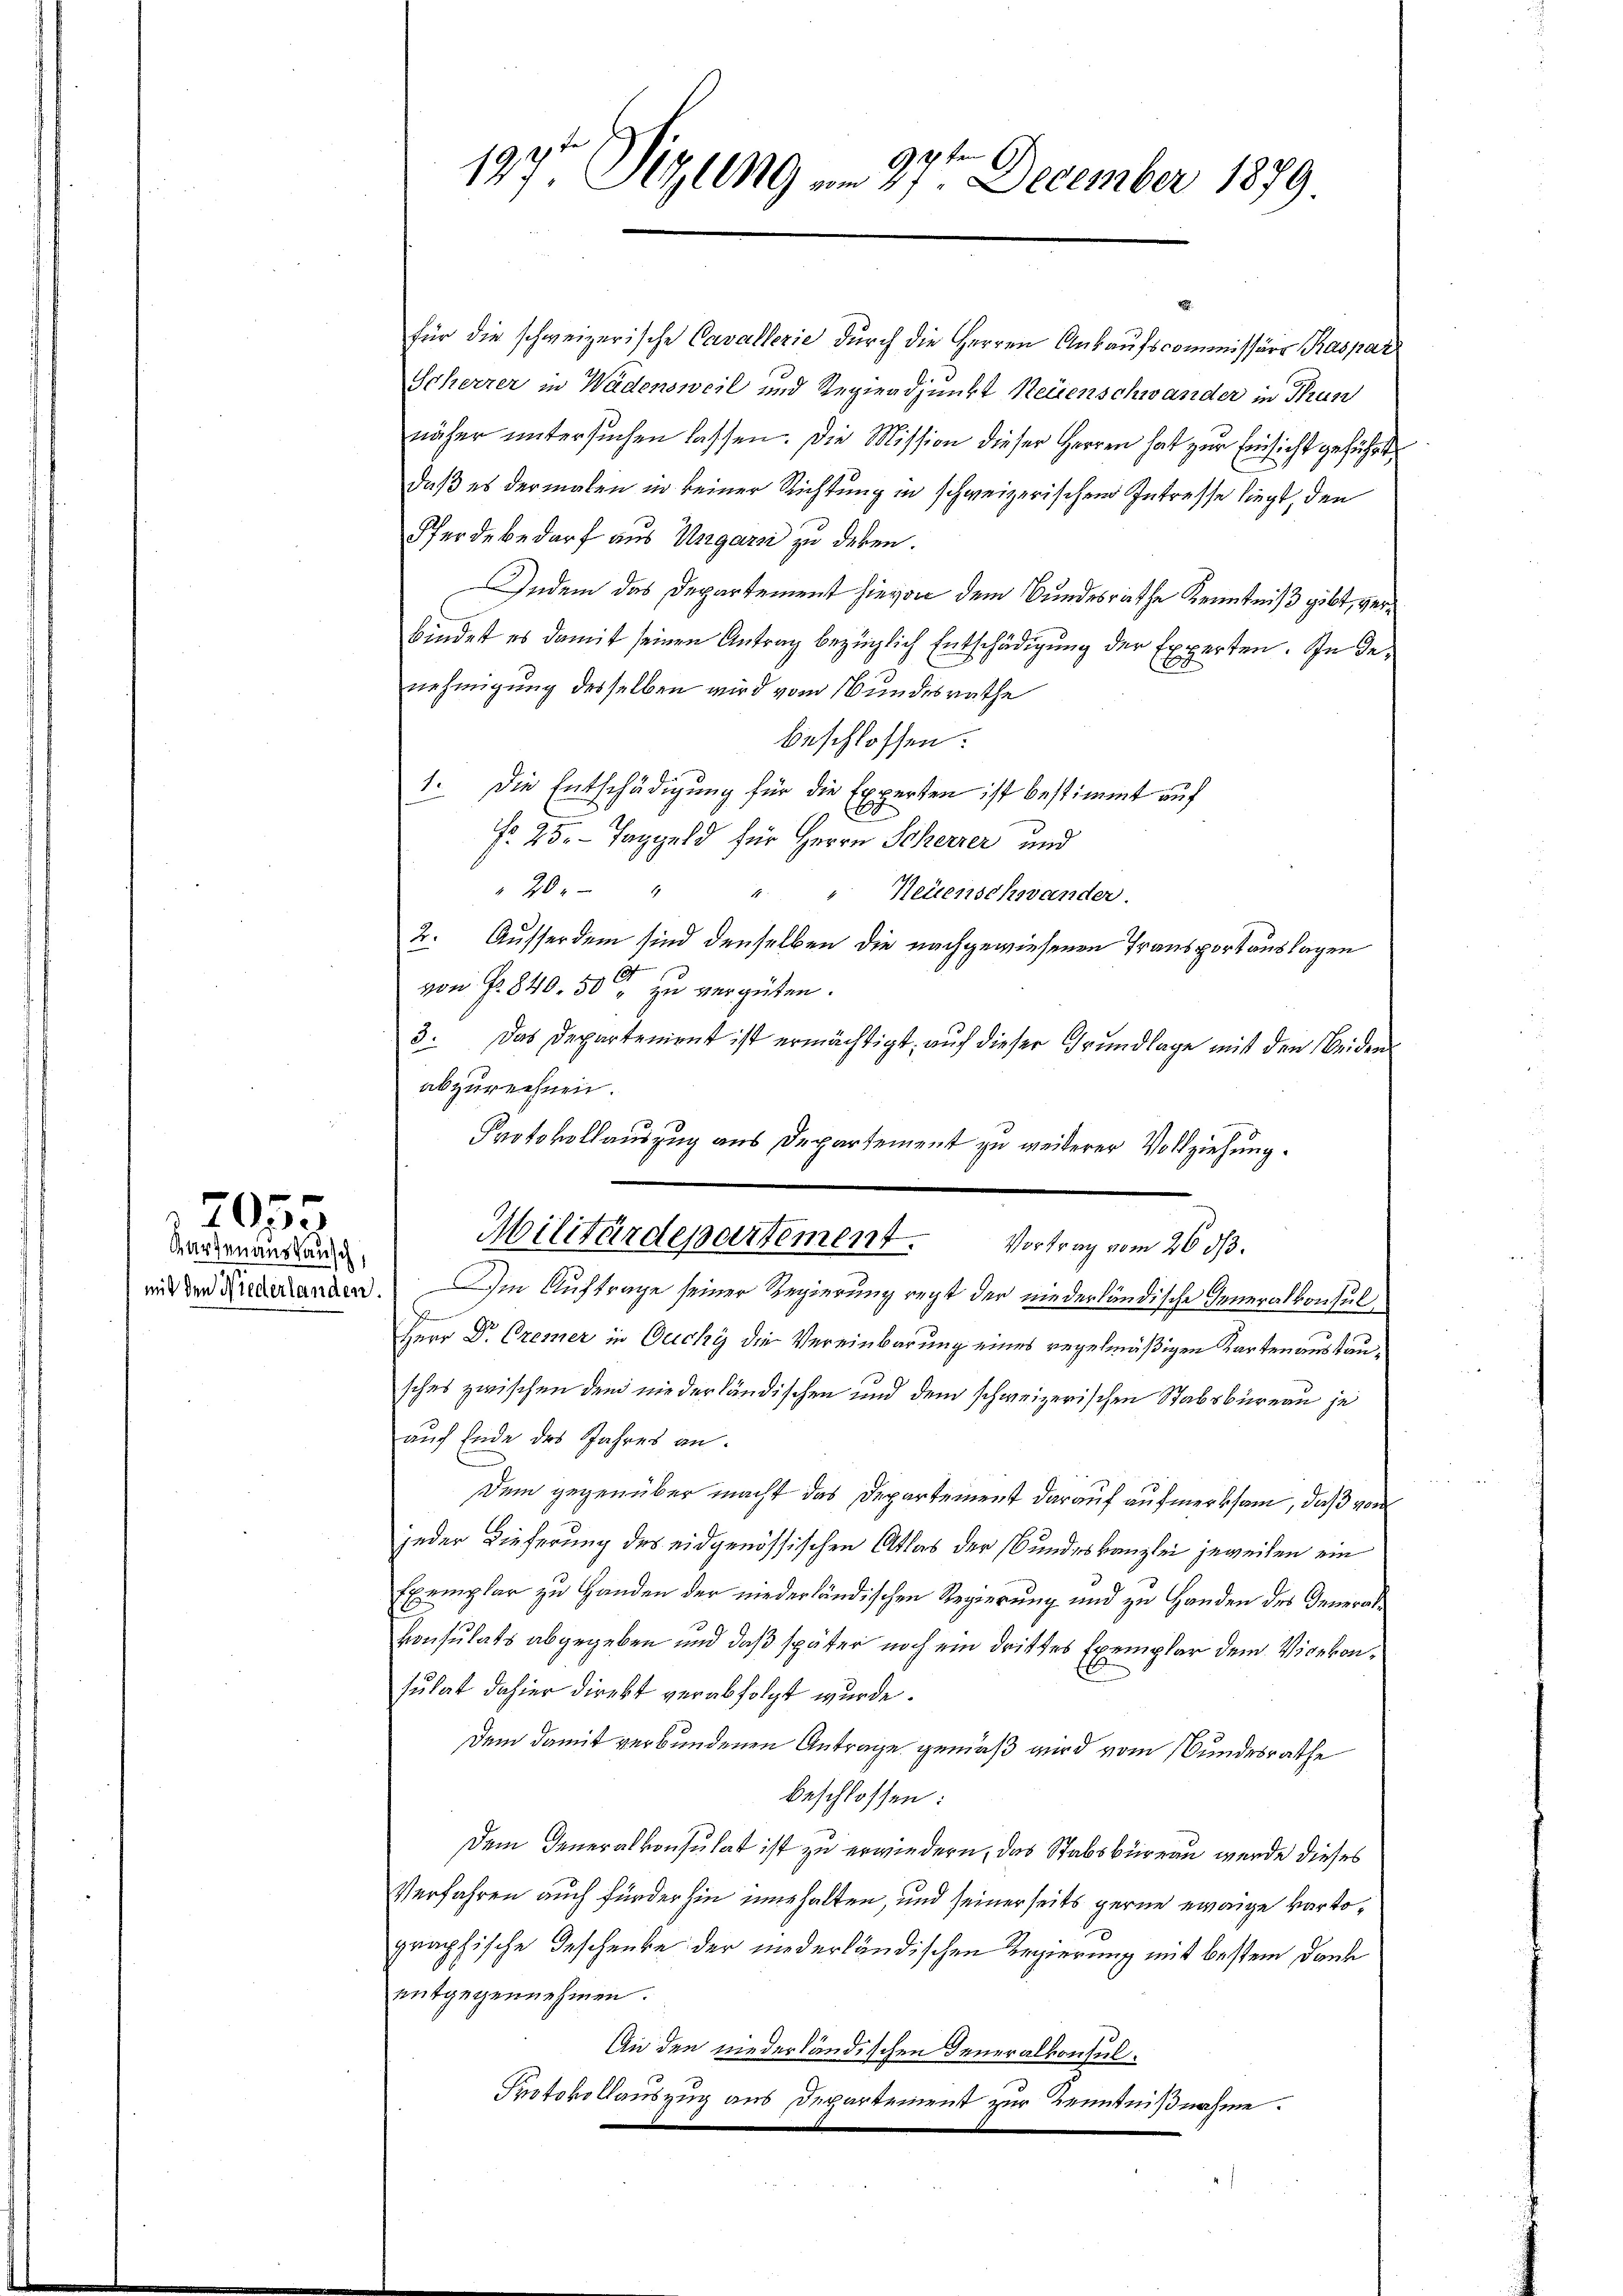
Karten aus Rausch,

7

2
197. Sizung am 27ten December 1879.

für die schweizerische Cavallerie durch die Herren Ankaufscommissärs Kaspar
Scheerer in Wädensweil und Regierdjunkt Neuenschwander in Thun
näher untersuchen lassen. Die Mission dieser Herren hat zur Einsicht geführt
daß es dermalen in keiner Richtung in schweizerischem Intreffe liegt, den
Pferdebedarf aus Ungarsi zu deben.
Indem das Departement hievon dem Bundesrathe Kenntniß gibt, verbindet es damit seinen Antrag bezüglich Entschädigŭng der Experten. In der
nehmigung desselben wird vom Bundesrathe
beschlossen:
1. Die Entschädigung für die Experten ist bestimmt auf
Fr. 25. Taggeld für Herrn Scherzer und
 20 " " " " Neuenschwander.
2. Ausserdem sind denselben die nachgewiesenen Transportauslagen
von Fr. 840. 50 zu vergüten.
3. Das Departement ist ermächtigt, aŭf dieser Grŭndlage mit den beiden
abzurechnen.
Protokollauszug aus Departement zu weiterer Vollziehung.
Militärdepartement. Vortrag vom 26. 313.
mit der Anderlanden. Im Auftrage seiner Regierung recht der niederländische Generalkonsulc
Herr Dr. Cremer in Decky die Vereinbarung eines regelmäßigen Kartenaustausches zwischen dem niederländischen und dem schweizerischen Stabsbureau je
auf Ende des Jahres an.
Dem gegenüber macht das Departement darauf aufmerksam, daß von
jeder Dieferung des eidgenössischen Atlas der Bundeskanzlei jeweilen ein
Exemplar zu Handen der niederländischen Regierung und zu Handen des Generalkonsulats abgegeben und daß später noch ein drittes Exemplar dem Vicekonsulat dahier direkt verabfolgt wurde.
Dem damit verbundenen Antrage gemäß wird vom Bundesrathe
beschlossen:
Dem Generalkonsulat ist zu erwiedern, das Stabsbureau wurde dieses
Verfahren auch für der hin innehalten, und seinerseits gerne ewige Kartographische Geschenke der niederländischen Regierung mit bestem Dank
entgegennehmen.
An den niederländischen Generalkonsul¬
Protokollauszug aus Departement zur Kenntnißnahme.